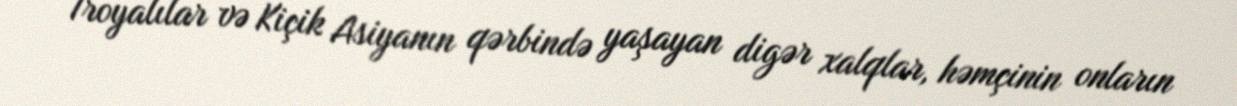
Troyalılar və Kiçik Asiyanın qərbində yaşayan digər xalqlar, həmçinin onların